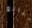
مبالغ